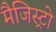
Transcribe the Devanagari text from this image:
मैजिस्ट्रो